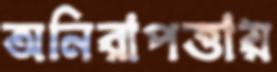
অনিরাপত্তায়